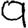
Digit: 9